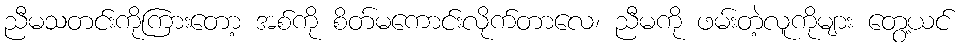
ညီမသတင်းကိုကြားတော့ အစ်ကို စိတ်မကောင်းလိုက်တာလေ၊ ညီမကို ဖမ်းတဲ့လူကိုများ တွေ့ယင်